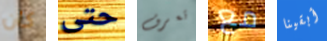
كان حتى تعرف مع أبقينا